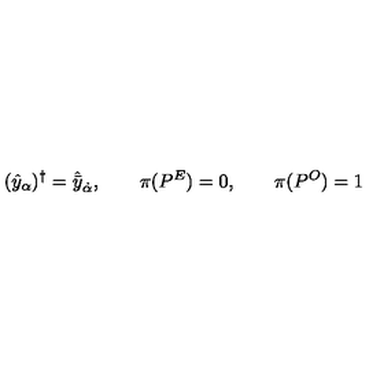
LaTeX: ( \hat { y } _ { \alpha } ) ^ { \dagger } = \hat { \bar { y } } _ { \dot { \alpha } } , \qquad \pi ( P ^ { E } ) = 0 , \qquad \pi ( P ^ { O } ) = 1 \,